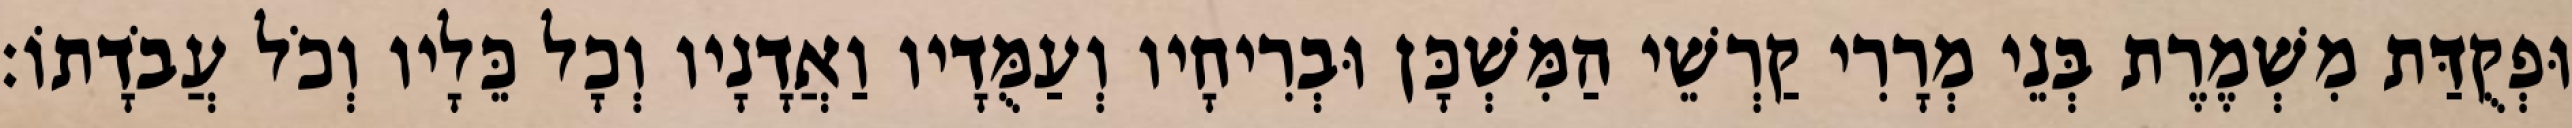
וּפְקֻדַּת מִשְׁמֶרֶת בְּנֵי מְרָרִי קַרְשֵׁי הַמִּשְׁכָּן וּבְרִיחָיו וְעַמֻּדָיו וַאֲדָנָיו וְכָל כֵּלָיו וְכֹל עֲבֹדָתוֹ׃